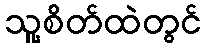
သူ့စိတ်ထဲတွင်